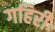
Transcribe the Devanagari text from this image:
गहिरी